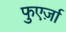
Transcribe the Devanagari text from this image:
फुएर्ज़ा